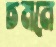
চমনে